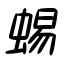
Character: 蜴